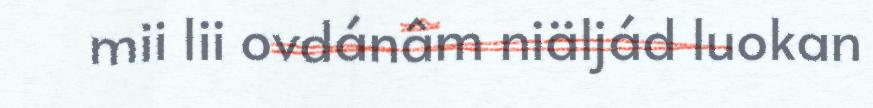
mii lii ovdánâm niäljád luokan